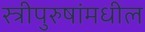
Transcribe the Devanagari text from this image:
स्त्रीपुरुषांमधील